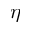
\eta